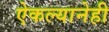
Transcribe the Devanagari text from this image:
ऐकल्यानेही